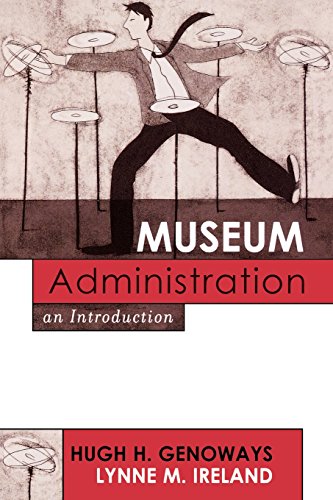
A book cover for Museum Administration: An Introduction (American Association for State and Local History); Hugh H. Genoways; Arts & Photography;